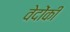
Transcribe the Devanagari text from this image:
वेदोंकी